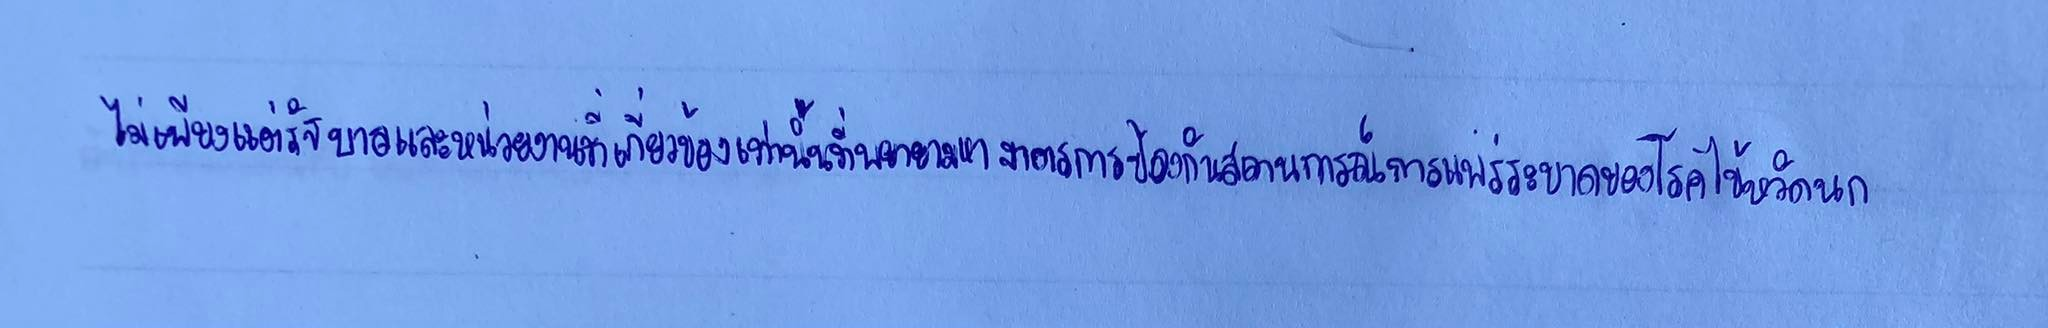
ไม่เพียงแต่รัฐบาลและหน่วยงานที่เกี่ยวข้องเท่านั้นที่พยายามหามาตรการป้องกันสถานการณ์การแพร่ระบาดของโรคไข้หวัดนก